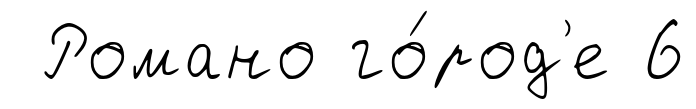
Романо го́род'е 6